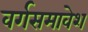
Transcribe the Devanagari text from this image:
वर्गसमावेश